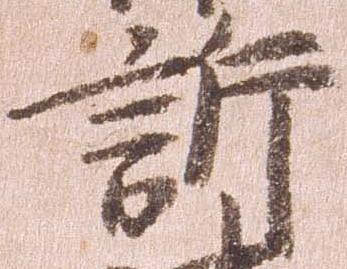
訴